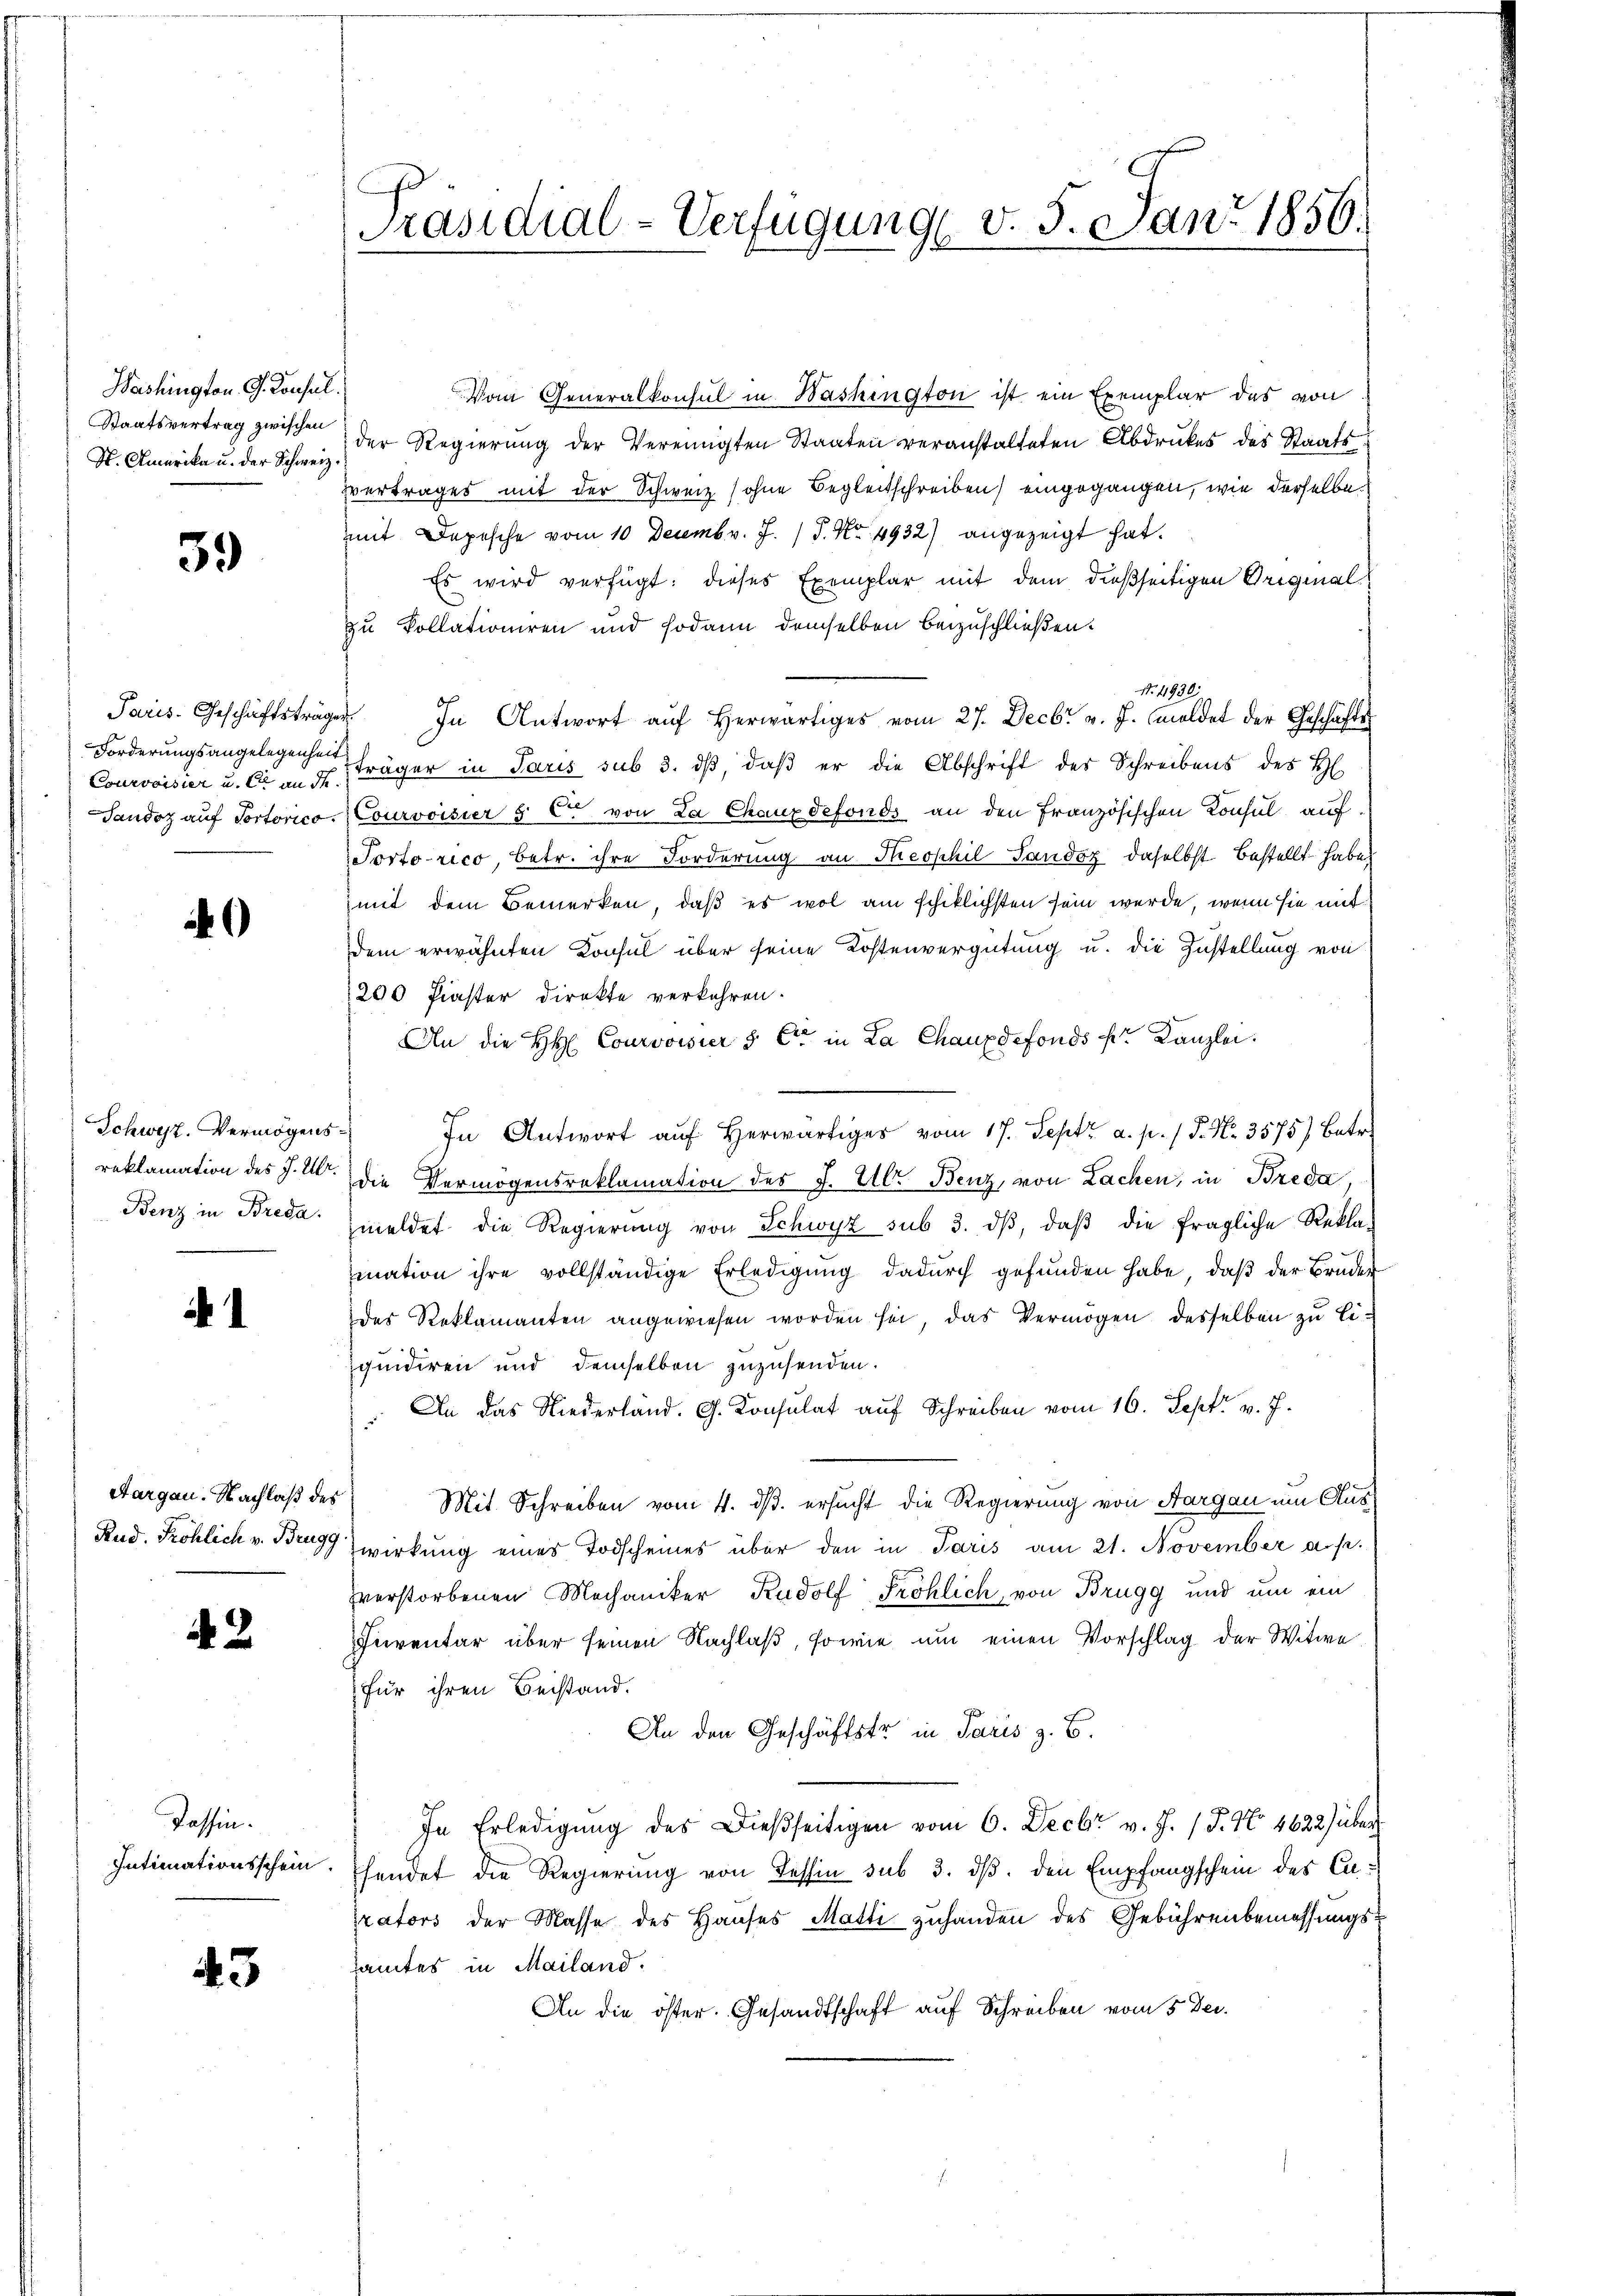
Washington G. Consul
Staatsvertrag zwischen
H. Amerika u. der Schweiz.

59

Paris Geschäftsträge
Forderungsangelegenheit
Courvoisier u. er ande
Sandoz auf Portorico.

Schweiz. Vermögens.
reklamation des J. Ulr.
Benz in Breda.

.

Aargau. Nachlaß des

42

Kassin.
Intimationsschein

43

Präsidial-Verfügung v. 5. Jan. 1856.

Von Generalkonsul in Washington ist ein Exemplar das von
der Regierung der Vereinigten Staaten veranstalteten Abdruckes des Staats¬
Vertrages mit der Schweiz sohne Begleitschreiben eingegangen, wie derselbe
mit Depesche vom 10 Decembr. J. / 5. No. 4932) angezeigt hat.
Es wird verfügt: dieses Exemplar mit dem dießseitigen Originalzu Kollationiren und sodann demselben beizuschließen.
No. 1890.
" In Antwort aŭf herwärtiges vom 27. Decbr v. J. meldet der Geschäfts
träger in Paris sub 3. dβ, daß er die Abschrift des Schreibens des H
(Courvoisier § C. von La Chauxdefonds an den Französischen Konsul auf
Portorico, betr. ihre Forderung an Theophil Sandoz daselbst bestellt habe,
mit dem Bemerken, daß es wol am schiklichsten sein werde, wenn sie mit
dem erwähnten Konsul über seine Kostenvergütung u. die Zustellung von
200 Faster Direkte verkehren.
An die H. Courvoisier & Cie in La Chauxdefonds per Kanzlei.
In Antwort aŭf herwärtiges vom 17. Sept. a. p. / P. Nr. 3575) Betr
die Vermögensreklamation des J. Ulr. Benz, von Lachen, in Breda,
meldet die Regierŭng von Schwyz sub 3. dβ, daβ die fragliche Rekla-
mation ihre vollständige Erledigung dadurch gefunden habe, daß der Bruder
des Reklamanten angewiesen worden sei, das Vermögen desselben zu Liiquidiren und demselben zuzusenden.
) An das Niederländ. G. Konsulat auf Schreiben vom 16. Sept. v. J.
Mit Schreiben vom 4. ds. ersucht die Regierung von Aargau um Aus¬
Rud. Röhlich v. Brugg wirkung eines Todscheines über den in Paris am 21. November a. p.
zverstorbenen Mechaniker Rudolf Fröhlich, von Brugg und um ein
Inventar über seinen Nachlaß, sowie um einen Vorschlag der Witwe
für ihren Beistand.
An den Geschäftstr in Paris z. B.
In Erledigung des Dießseitigen vom 6. Decbr v. J. J. No. 4622) über
sendet die Regierung von Tessin sub 3. ds. den Empfangschein des Carators der Masse des Hauses Matti zuhanden des Gebührenbemessungssamtes in Mailand.
An die öster. Gesandtschaft auf Schreiben vom 5 te